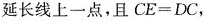
延长线上一点，且CE = DC，